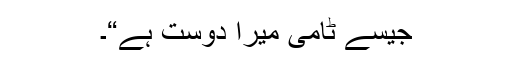
جیسے ٹامی میرا دوست ہے“۔